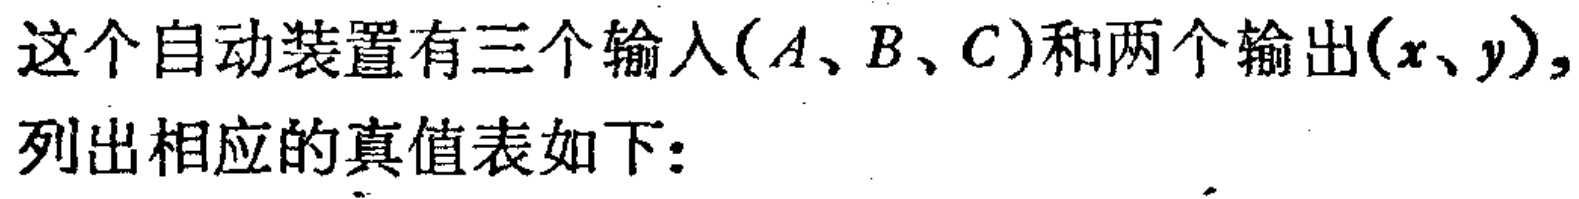
这个自动装置有三个输入($A、B、C$)和两个输出($x、y$),列出相应的真值表如下：